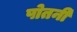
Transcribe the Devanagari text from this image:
पोतनी